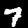
Digit: 7